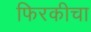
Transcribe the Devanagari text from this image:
फिरकीचा